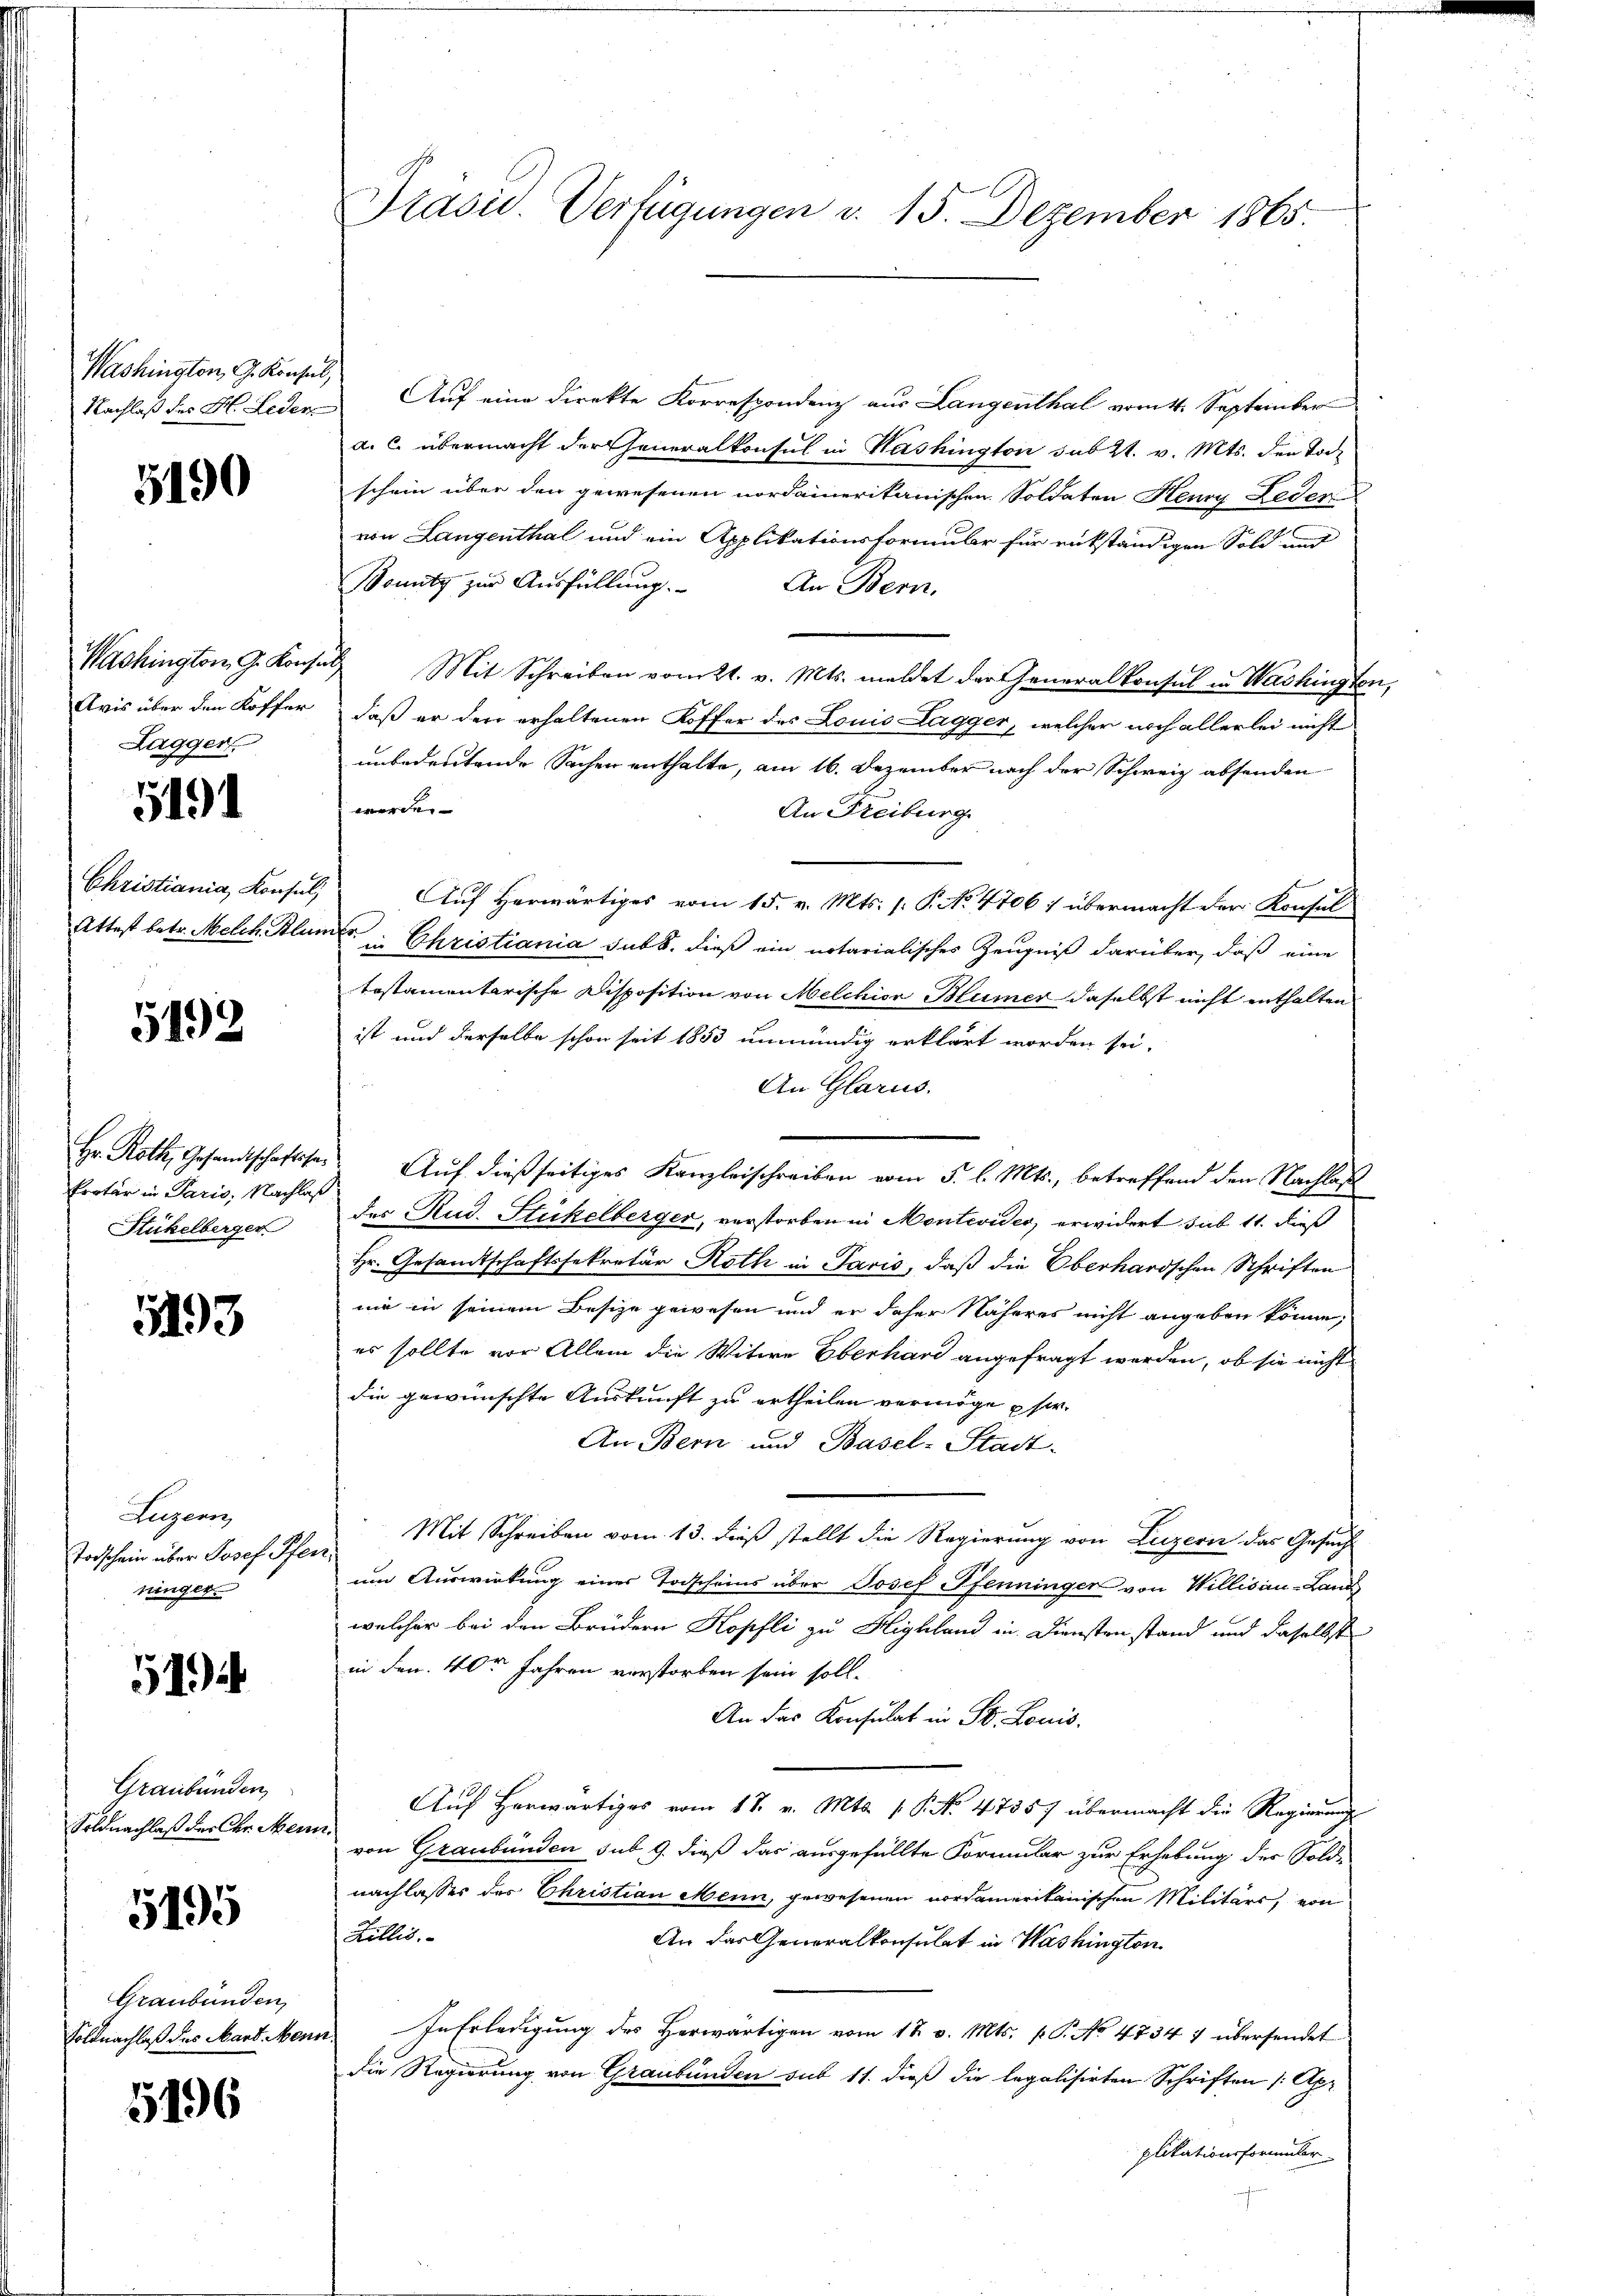
Washington, G. Konsul,

5190

Avis über den Koffer
Lagger.

5191

Christiania Konsul,
Attest betr. Melch Blun

5192

Proter in Paris, Nachlaß
Stükelberger

193

Jugen
Todschein über Josef Pfen
ninger.

514

Graubünden,
Soldnachlaß der Chr. Mein

5195

Graubünden,
Soldnachlaß des Mart. Men

5196

Präsid. Verfügungen v. 15. Dezember 1865.

Nachlaß des H. Leder Auf eine direkte Korrespondenz aus Langenthal vom 11. September
a. c. übermacht der Generalkonsul in Washington sub 21. v. Mts. den Tode
schein über den gewesenen nordamerikanischen Soldaten Henry Leder
von Langenthal und ein Applikationsformular für rükständigen Sold und
Bonitz zur Ausfüllung. An Bern,
Washington, G. Konsul Mit Schreiben vom 21. v. Mts. meldet der Generalkonsul in Washingten,
daß er den erhaltenen Koffer des Louis Lagger, welcher noch allerlei nicht
unbedeutende Sachen enthalte, am 16. Dezember nach der Schweiz absenden
werde. |
An Freiburg
Auf Herwärtiges vom 15. v. Mts. (: P. No. 4706; übermacht der Konsul
f
u Christiania sub b. dieß ein notarialisches Zeugniß darüber, daß eine
tostamentarische Disposition von Melchior Blümer daselbst nicht enthalten
ist und derselbe schon seit 1853 unmündig erklärt worden sei.
An Glarus.
Hr. Roth, Gesandtschaftsser Aŭf dießseitiges Kanzleischreiben vom 5. l. Mts., betreffend den Nachlaß
des Rud. Stickelberger, verstorben in Montevides, erwidert sub 11. dieß
Hr. Gesandtschaftssekretär Roth in Paris, daß die Oberhardschen Schriften
nie in seinem Besize gewesen und er daher Näheres nicht angeben könne,
es sollte vor Allem die Witwe Eberhard angefragt werden, ob sie nicht
die gewünschte Auskunft zu ertheilen vermöge ser
An Bern und Basel-Stadt-
Mit Schreiben vom 13. dieß stellt die Regierung von Luzern das Gesuch
um Auswirkung eines Todscheins über Josef Pfenninger von Willisau-Land
welcher bei den Brüdern Kopfli zu Highland in Diensten stand und daselbst
in den 10ten Jahren verstorben sein soll.
An das Konsulat in St. Louis.
Auf herwärtiges vom 17. v. Mts. (T. No. 4735) übermacht die Regierungs
“ von Graubünden sub. 9. dieß das ausgefüllte Formular zur Erhebung der Sold-
nachlasses des Christian Mein, gewesenen vordamerikanischen Militärs, von
Zillis.
An das Generalkonsulat in Washington
In Erledigung des Herwärtigen vom 18. v. Mts. f. P. No 4754 7 übersendet
die Regierung von Graubünden sub 11. dieß die legalisirten Schriften /: Apr
plikationsformular